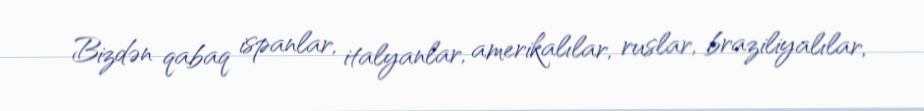
Bizdən qabaq ispanlar, italyanlar, amerikalılar, ruslar, braziliyalılar,